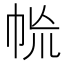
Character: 㡃